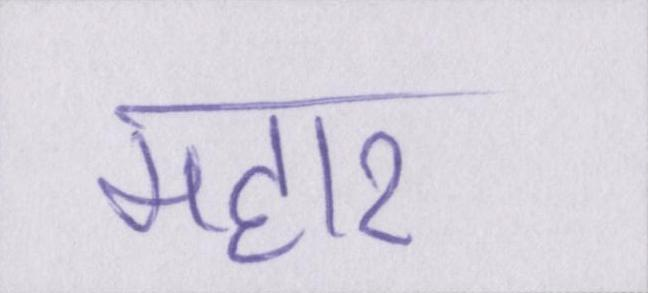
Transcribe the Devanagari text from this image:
महार